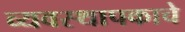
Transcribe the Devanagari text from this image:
व्यवस्थापकाचे